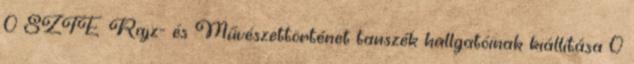
0 SZTE Rajz- és Művészettörténet tanszék hallgatóinak kiállítása 0